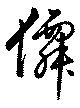
仙